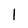
Character: 1